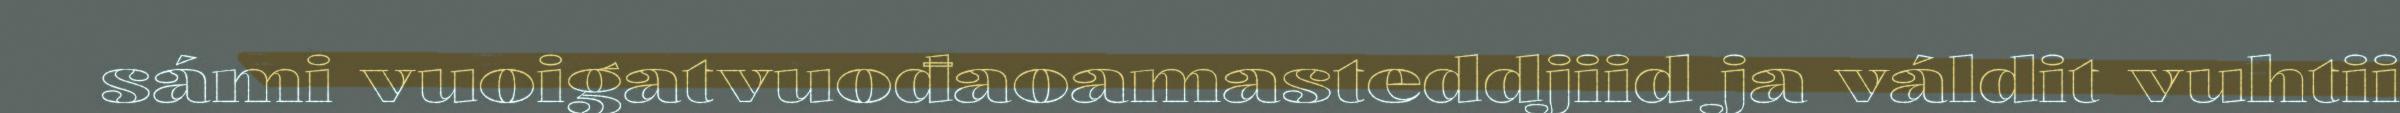
sámi vuoigatvuođaoamasteddjiid ja váldit vuhtii